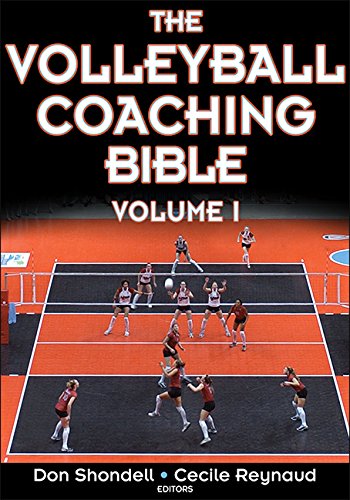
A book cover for The Volleyball Coaching Bible (The Coaching Bible Series); Donald Shondell; Sports & Outdoors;